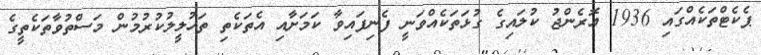
ޕެކެޓްތަކެއްގައި 1936 އޮރެންޖު ކުލައިގެ ގުޅަތަކެއްވަނީ ފެނިފައިވާ ކަމަށާއި އެތަކެތި ތަހުލީލުކުރުމުން މަސްތުވާތަކެތީގެ